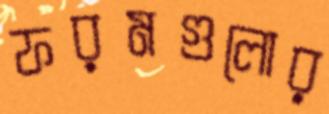
ফরমগুলোর